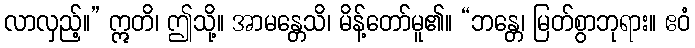
လာလှည့်။” ဣတိ၊ ဤသို့။ အာမန္တေသိ၊ မိန့်တော်မူ၏။ “ဘန္တေ၊ မြတ်စွာဘုရား။ ဧဝံ